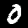
Label: 0